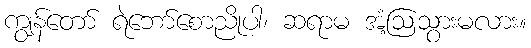
ကျွန်တော် ရဲဘော်စောညိုပါ၊ ဆရာမ အံ့ဩသွားမလား။